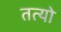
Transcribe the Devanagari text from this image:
तत्यो